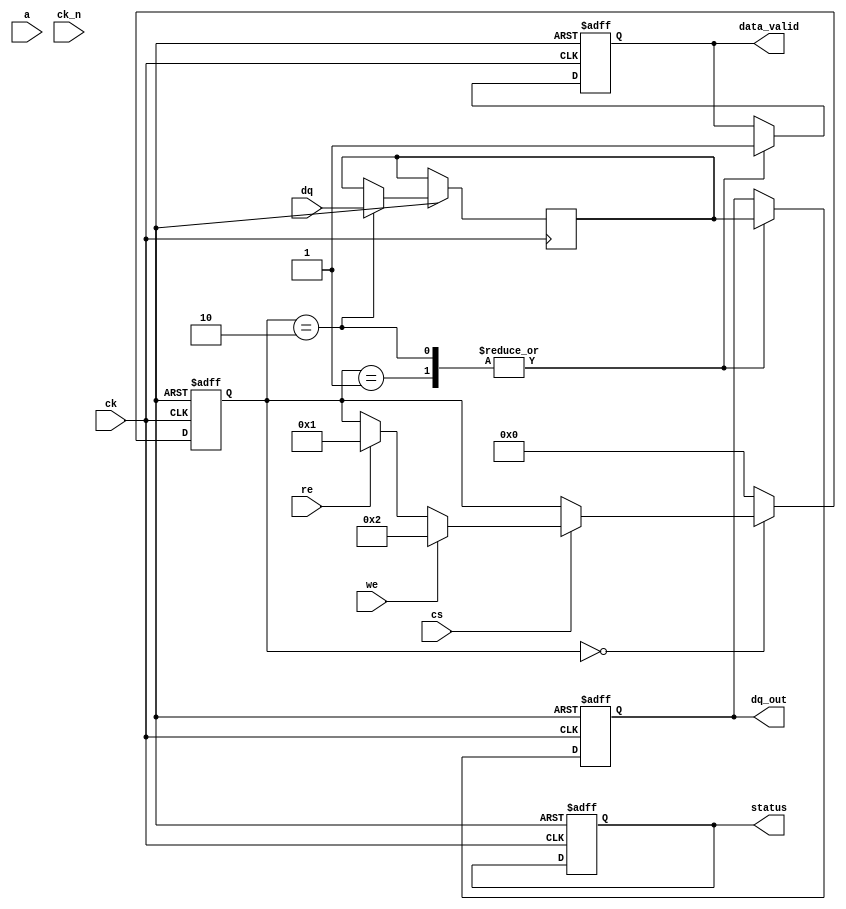
module gddr3_io_block (
    // Input/Output Pins
    input wire [15:0] dq,          // Data pins (DQ)
    input wire [12:0] a,           // Address pins (A)
    input wire cs,                 // Chip Select (CS)
    input wire we,                 // Write Enable (WE)
    input wire re,                 // Read Enable (RE)
    input wire ck,                 // Clock (CK)
    input wire ck_n,               // Inverted Clock (CK#)
    output reg [15:0] dq_out,      // Data output
    output reg data_valid,         // Data valid signal
    output reg [1:0] status        // Status signals
);

    // Internal signals
    reg [15:0] data_buffer;        // Data buffer for read/write operations
    reg [3:0] state;               // State machine state
    reg reset;                     // Reset signal
    reg odt_enable;                // On-die termination enable

    // State machine states
    localparam IDLE = 4'b0000,
               READ = 4'b0001,
               WRITE = 4'b0010,
               INIT = 4'b0011;

    // Clock domain management
    always @(posedge ck or negedge reset) begin
        if (!reset) begin
            state <= INIT;
            dq_out <= 16'b0;
            data_valid <= 1'b0;
            status <= 2'b00;
        end else begin
            case (state)
                INIT: begin
                    // Initialization logic
                    state <= IDLE;
                end
                IDLE: begin
                    if (cs) begin
                        if (we) begin
                            state <= WRITE;
                        end else if (re) begin
                            state <= READ;
                        end
                    end
                end
                WRITE: begin
                    // Write operation
                    data_buffer <= dq; // Capture data
                    dq_out <= data_buffer; // Drive data out
                    data_valid <= 1'b1; // Indicate data is valid
                    state <= IDLE; // Return to idle
                end
                READ: begin
                    // Read operation
                    dq_out <= data_buffer; // Drive data out
                    data_valid <= 1'b1; // Indicate data is valid
                    state <= IDLE; // Return to idle
                end
                default: state <= IDLE; // Default to idle
            endcase
        end
    end

    // Termination and impedance control
    always @(posedge ck) begin
        if (odt_enable) begin
            // Implement ODT logic here
        end
    end

    // Error handling (ECC support)
    // Placeholder for ECC logic

    // Power management (low power modes)
    // Placeholder for low power logic

    // Simulation and test features
    // Placeholder for BIST and debug interfaces

endmodule